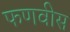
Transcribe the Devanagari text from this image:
फणवीस